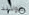
هولاند